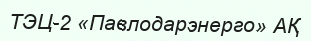
ТЭЦ-2 «Павлодарэнерго» АҚ